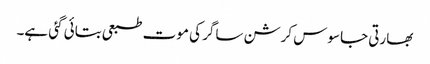
بھارتی جاسوس کرشن ساگر کی موت طبعی بتائی گئی ہے۔